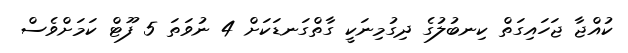
ކުއްޖާ ޖަހައިގަތް ކިނބުލުގެ ދިގުމިނަކީ ގާތްގަނޑަކަށް 4 ނުވަތަ 5 ފޫޓް ކަމަށްވެސް